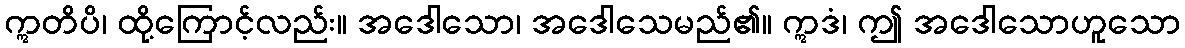
ဣတိပိ၊ ထို့ကြောင့်လည်း။ အဒေါသော၊ အဒေါသေမည်၏။ ဣဒံ၊ ဤ အဒေါသောဟူသော